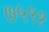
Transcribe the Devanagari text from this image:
७५९१